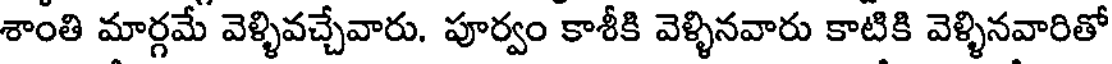
శాంతి మార్గమే వెళ్ళివచ్చేవారు. పూర్వం కాశీకి వెళ్ళినవారు కాటికి వెళ్ళినవారితో